Indian journal of veterinary science and animal husbandry - Volumes 24-25, 1954-1955
Year: 1954
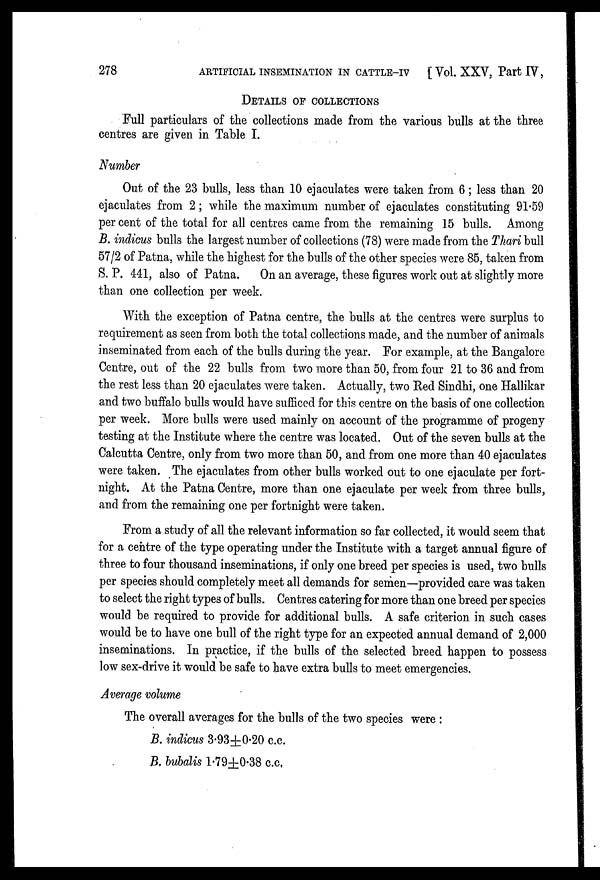
278
ARTIFICIAL INSEMINATION IN CATTLE-IV [Vol. XXV, Part IV,
DETAILS OF COLLECTIONS
Full particulars of the collections made from the various bulls at the three
centres are given in Table I.
Number
Out of the 23 bulls, less than 10 ejaculates were taken from 6; less than 20
ejaculates from 2; while the maximum number of ejaculates constituting 91.59
per cent of the total for all centres came from the remaining 15 bulls. Among
B. indicus bulls the largest number of collections (78) were made from the Thari bull
57/2 of Patna, while the highest for the bulls of the other species were 85, taken from
S. P. 441, also of Patna.
On an average, these figures work out at slightly more
than one collection per week.
With the exception of Patna centre, the bulls at the centres were surplus to
requirement as seen from both the total collections made, and the number of animals
inseminated from each of the bulls during the year. For example, at the Bangalore
Centre, out of the 22 bulls from two more than 50, from four 21 to 36 and from
the rest less than 20 ejaculates were taken. Actually, two Red Sindhi, one Hallikar
and two buffalo bulls would have sufficed for this centre on the basis of one collection
per week. More bulls were used mainly on account of the programme of progeny
testing at the Institute where the centre was located. Out of the seven bulls at the
Calcutta Centre, only from two more than 50, and from one more than 40 ejaculates
were taken. The ejaculates from other bulls worked out to one ejaculate per fort-
night. At the Patna Centre, more than one ejaculate per week from three bulls,
and from the remaining one per fortnight were taken.
From a study of all the relevant information so far collected, it would seem that
for a centre of the type operating under the Institute with a target annual figure of
three to four thousand inseminations, if only one breed per species is used, two bulls
per species should completely meet all demands for semen—provided care was taken
to select the right types of bulls. Centres catering for more than one breed per species
would be required to provide for additional bulls. A safe criterion in such cases
would be to have one bull of the right type for an expected annual demand of 2,000
inseminations. In practice, if the bulls of the selected breed happen to possess
low sex-drive it would be safe to have extra bulls to meet emergencies.
Average volume
The overall averages for the bulls of the two species were:
B. indicus 3.93±0.20 c.c.
B, bubalis 1.79±0.38 c.c.